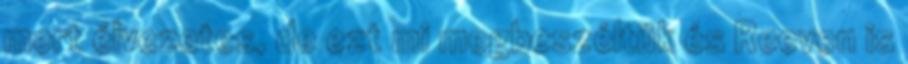
mert élvezetes, de ezt mi megbeszéltük és Reeven is